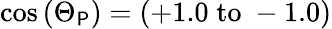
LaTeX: \cos{(\Theta_{\mathsf{P}})}=(+1.0\; \mathrm{{{to}}}\; -1.0)